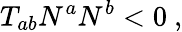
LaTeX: T_{ab}N^{a}N^{b}<0\ ,